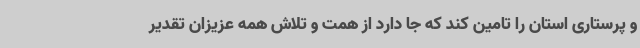
و پرستاری استان را تامین کند که جا دارد از همت و تلاش همه عزیزان تقدیر